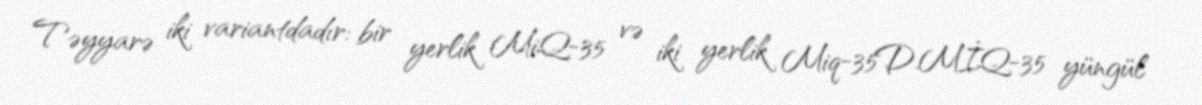
Təyyarə iki variantdadır: bir yerlik MiQ-35 və iki yerlik Miq-35D.MİQ-35 yüngül